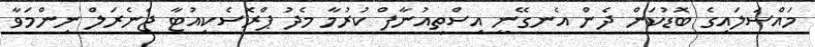
މައްސަލައިގެ ބޮޑުކަން ދެން އެނގޭނީ އިސްތިއުނާފް ކުރުމާ މެދު ޕްރޮސެކިއުޓާ ޖެނެރަލް ނިންމަވާ